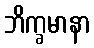
ဘိက္ခမာနာ